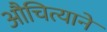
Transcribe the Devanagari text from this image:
औचित्याने